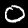
Digit: 0